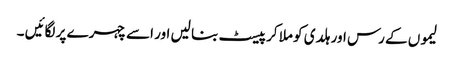
لیموں کے رس اور ہلدی کو ملا کر پیسٹ بنا لیں اور اسے چہرے پر لگائیں ۔